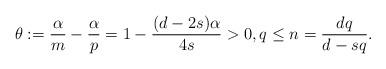
LaTeX: \begin{align*}\theta:=\frac{\alpha}{m}-\frac{\alpha}{p}=1-\frac{(d-2s)\alpha}{4s}>0, q \leq n = \frac{dq}{d-sq}.\end{align*}